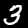
Digit: 3